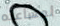
لمساعده